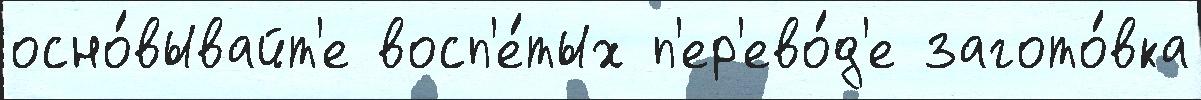
осно́вывайт'е восп'е́тых п'ер'ево́д'е загото́вка